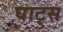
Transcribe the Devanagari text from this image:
घाट्स